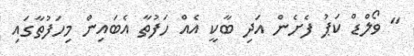
" ވޯލްޑް ކަޕު ފެށެން އަދި ބާކީ އެއް ހަފުތާ އެބައިން މިހަފުތާގައި